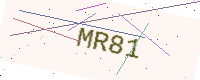
Text: MR81